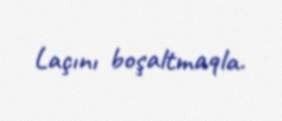
Laçını boşaltmaqla.